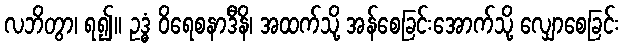
လဘိတွာ၊ ရ၍။ ဥဒ္ဓံ ဝိရေစနာဒီနိ၊ အထက်သို့ အန်စေခြင်းအောက်သို့ လျှောစေခြင်း